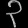
Digit: ၃